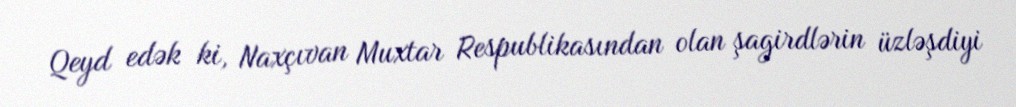
Qeyd edək ki, Naxçıvan Muxtar Respublikasından olan şagirdlərin üzləşdiyi